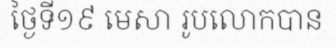
ថ្ងៃទី១៩ មេសា រូបលោកបាន